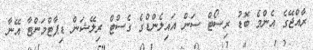
ރާއްޖޭގެ އެންމެ ބޮޑު ރިސޯޓް ސަން އައިލެންޑްގެ ގެސްޓް ރިލޭޝަން ޑިޕާޓްމަންޓާ އޭނާ